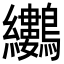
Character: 𪈜